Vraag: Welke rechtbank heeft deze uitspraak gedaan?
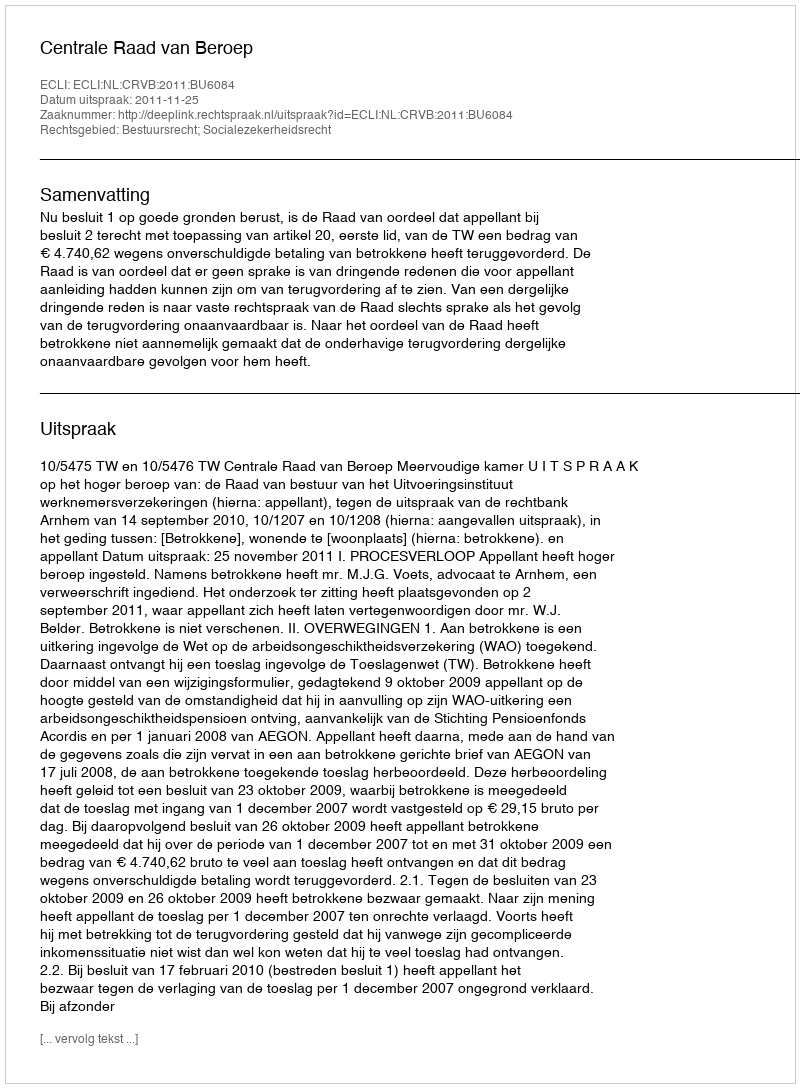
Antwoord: Centrale Raad van Beroep